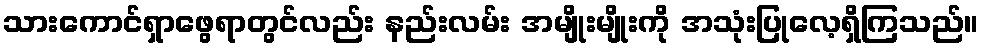
သားကောင်ရှာဖွေရာတွင်လည်း နည်းလမ်း အမျိုးမျိုးကို အသုံးပြုလေ့ရှိကြသည်။